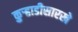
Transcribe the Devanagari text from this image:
कुर्‍हाडीसारखे